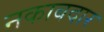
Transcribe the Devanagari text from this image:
नकाबदार